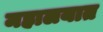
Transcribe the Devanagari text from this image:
महालयात